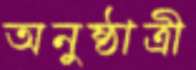
অনুষ্ঠাত্রী